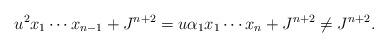
LaTeX: \begin{align*}u^2x_1\cdots x_{n-1}+J^{n+2}=u\alpha_1 x_1\cdots x_n+J^{n+2}\neq J^{n+2}. \end{align*}